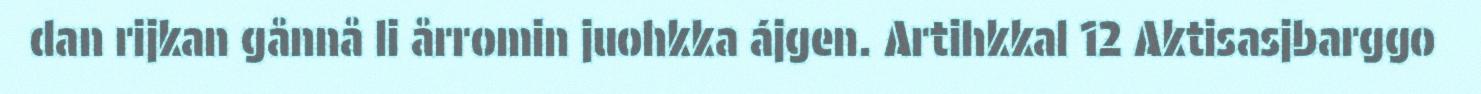
dan rijkan gånnå li årromin juohkka ájgen. Artihkkal 12 Aktisasjbarggo